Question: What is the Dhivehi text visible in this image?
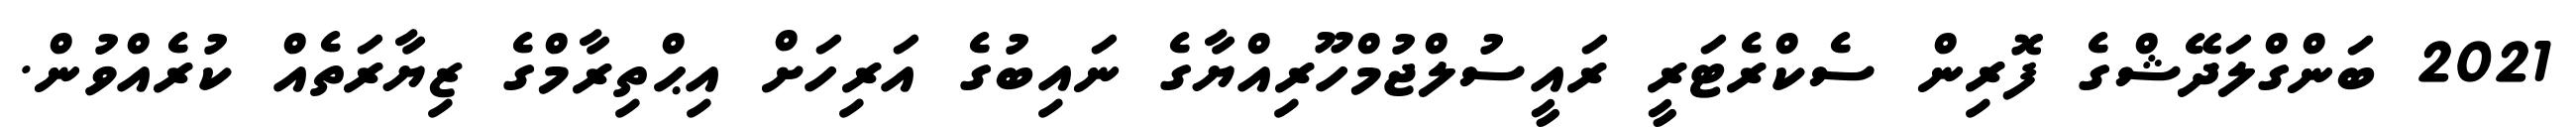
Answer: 2021 ބަންގްލަދޭޝްގެ ފޮރިން ސެކްރެޓަރީ ރައީސުލްޖުމްހޫރިއްޔާގެ ނައިބުގެ އަރިހަށް އިޙްތިރާމްގެ ޒިޔާރަތެއް ކުރެއްވުން.